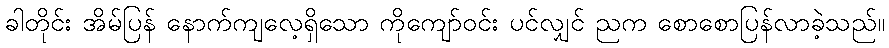
ခါတိုင်း အိမ်ပြန် နောက်ကျလေ့ရှိသော ကိုကျော်ဝင်း ပင်လျှင် ညက စောစောပြန်လာခဲ့သည်။